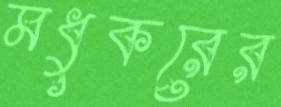
মধুকরের